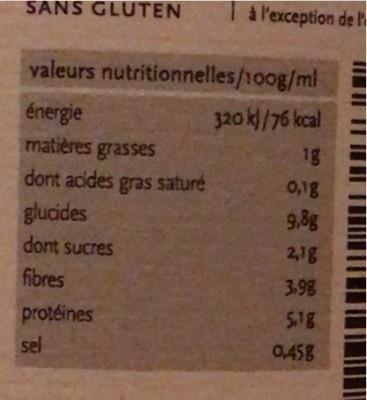
SANS GLUTEN
T a Pexception de h
valeurs nutritionnelles/100g/ml
énergie matières grasses dont acides gras saturé
320 k/76 kcal
18
0,1g
glucides
9.8g
dont sucres
2,1g
fibres
3.98
protéines
518
sel
0,458